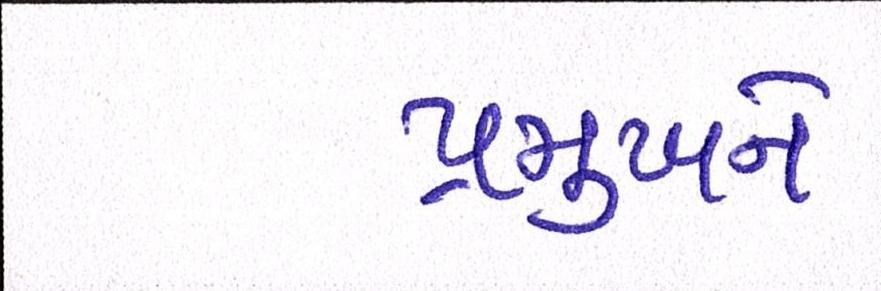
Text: પ્રમુખને